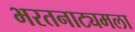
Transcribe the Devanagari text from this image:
भरतनाट्यमला